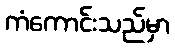
ကံကောင်းသည်မှာ